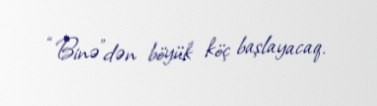
“Binə”dən böyük köç başlayacaq.